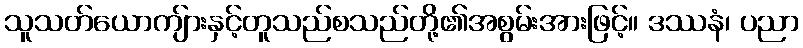
သူသတ်ယောကျ်ားနှင့်တူသည်စသည်တို့၏အစွမ်းအားဖြင့်။ ဒဿနံ၊ ပညာ